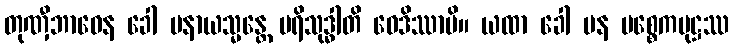
တုဏှီဘာဝေန ခေါ ပနာယသ္မန္တေ ပရိသုဒ္ဓါတိ ဝေဒိဿာမိ။ ယထာ ခေါ ပန ပစ္စေကပုဋ္ဌဿ